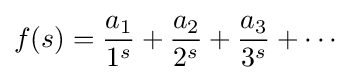
f(s)={\frac {a_{1}}{1^{s}}}+{\frac {a_{2}}{2^{s}}}+{\frac {a_{3}}{3^{s}}}+\cdots